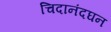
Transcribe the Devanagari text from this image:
चिदानंदघन